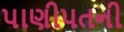
પાણીપતની